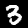
Label: 3